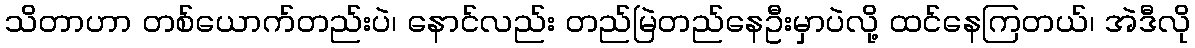
သိတာဟာ တစ်ယောက်တည်းပဲ၊ နောင်လည်း တည်မြဲတည်နေဦးမှာပဲလို့ ထင်နေကြတယ်၊ အဲဒီလို